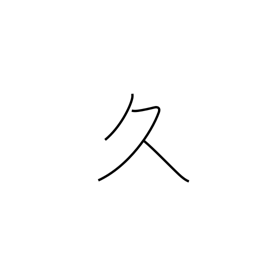
Meaning: long time